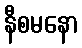
နီစမနော